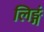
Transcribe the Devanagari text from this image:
लिङ्गं